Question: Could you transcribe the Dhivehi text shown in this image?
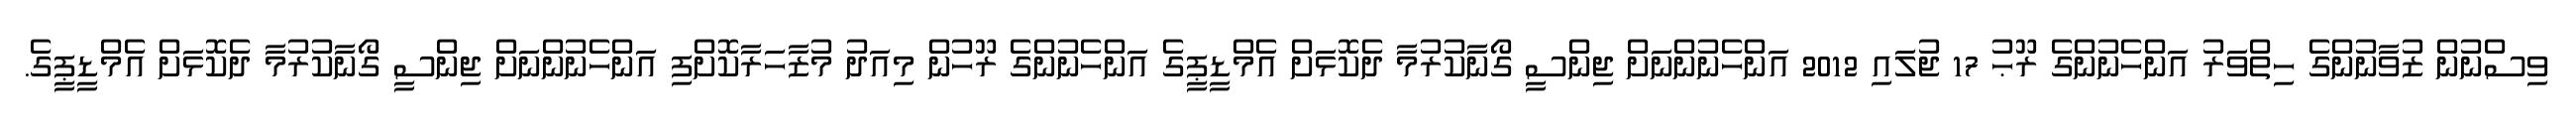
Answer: ވިސްނުން ޒުވާނުންގެ ހިތްވަރު އަންހެނުންގެ ރޫޙު 17 ޖުލައި 2012 އަންހެނުންނަށް ޖިންސީ ގޯނާކުރުމާ ދެކޮޅަށް އެމްޑީޕީގެ އަންހެނުންގެ ރޫހުން މިއަދު މުޒާހަރާކޮށްފި އަންހެނުންނަށް ޖިންސީ ގޯނާކުރުމާ ދެކޮޅަށް އެމްޑީޕީގެ.